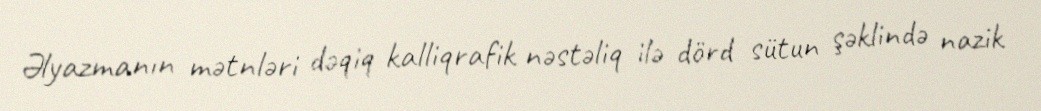
Əlyazmanın mətnləri dəqiq kalliqrafik nəstəliq ilə dörd sütun şəklində nazik